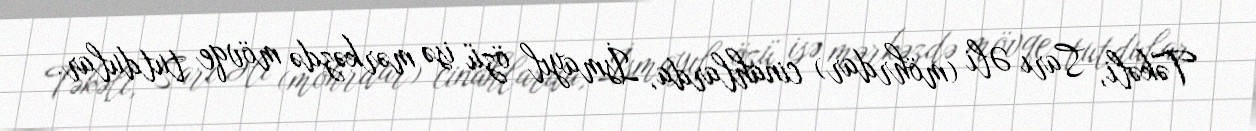
Təkəli, Sarı Əli (möhrdar) cinahlarda, İsmayıl özü isə mərkəzdə mövqe tutdular.